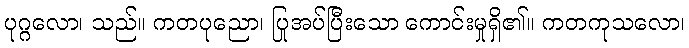
ပုဂ္ဂလော၊ သည်။ ကတပုညော၊ ပြုအပ်ပြီးသော ကောင်းမှုရှိ၏။ ကတကုသလော၊